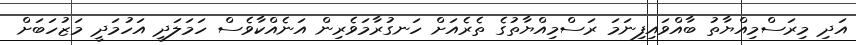
އަދި މިރަސްމިއްޔާތު ބާއްވައިފިނަމަ ރަސްމިއްޔާތުގެ ތެރެއަށް ހަނގުރާމަވެރިން އަނެއްކާވެސް ހަމަލަދީ އަހުމަދީ މަޒުހަބަށް